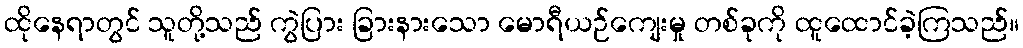
ထိုနေရာတွင် သူတို့သည် ကွဲပြား ခြားနားသော မောရီယဉ်ကျေးမှု တစ်ခုကို ထူထောင်ခဲ့ကြသည်။